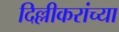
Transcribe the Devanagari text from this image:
दिल्लीकरांच्या